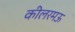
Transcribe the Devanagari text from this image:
कीलरमऊ